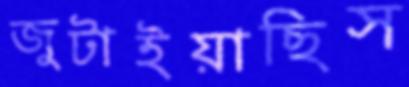
জুটাইয়াছিস